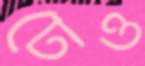
ঢেও